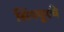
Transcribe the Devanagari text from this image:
सिंगपूरचे